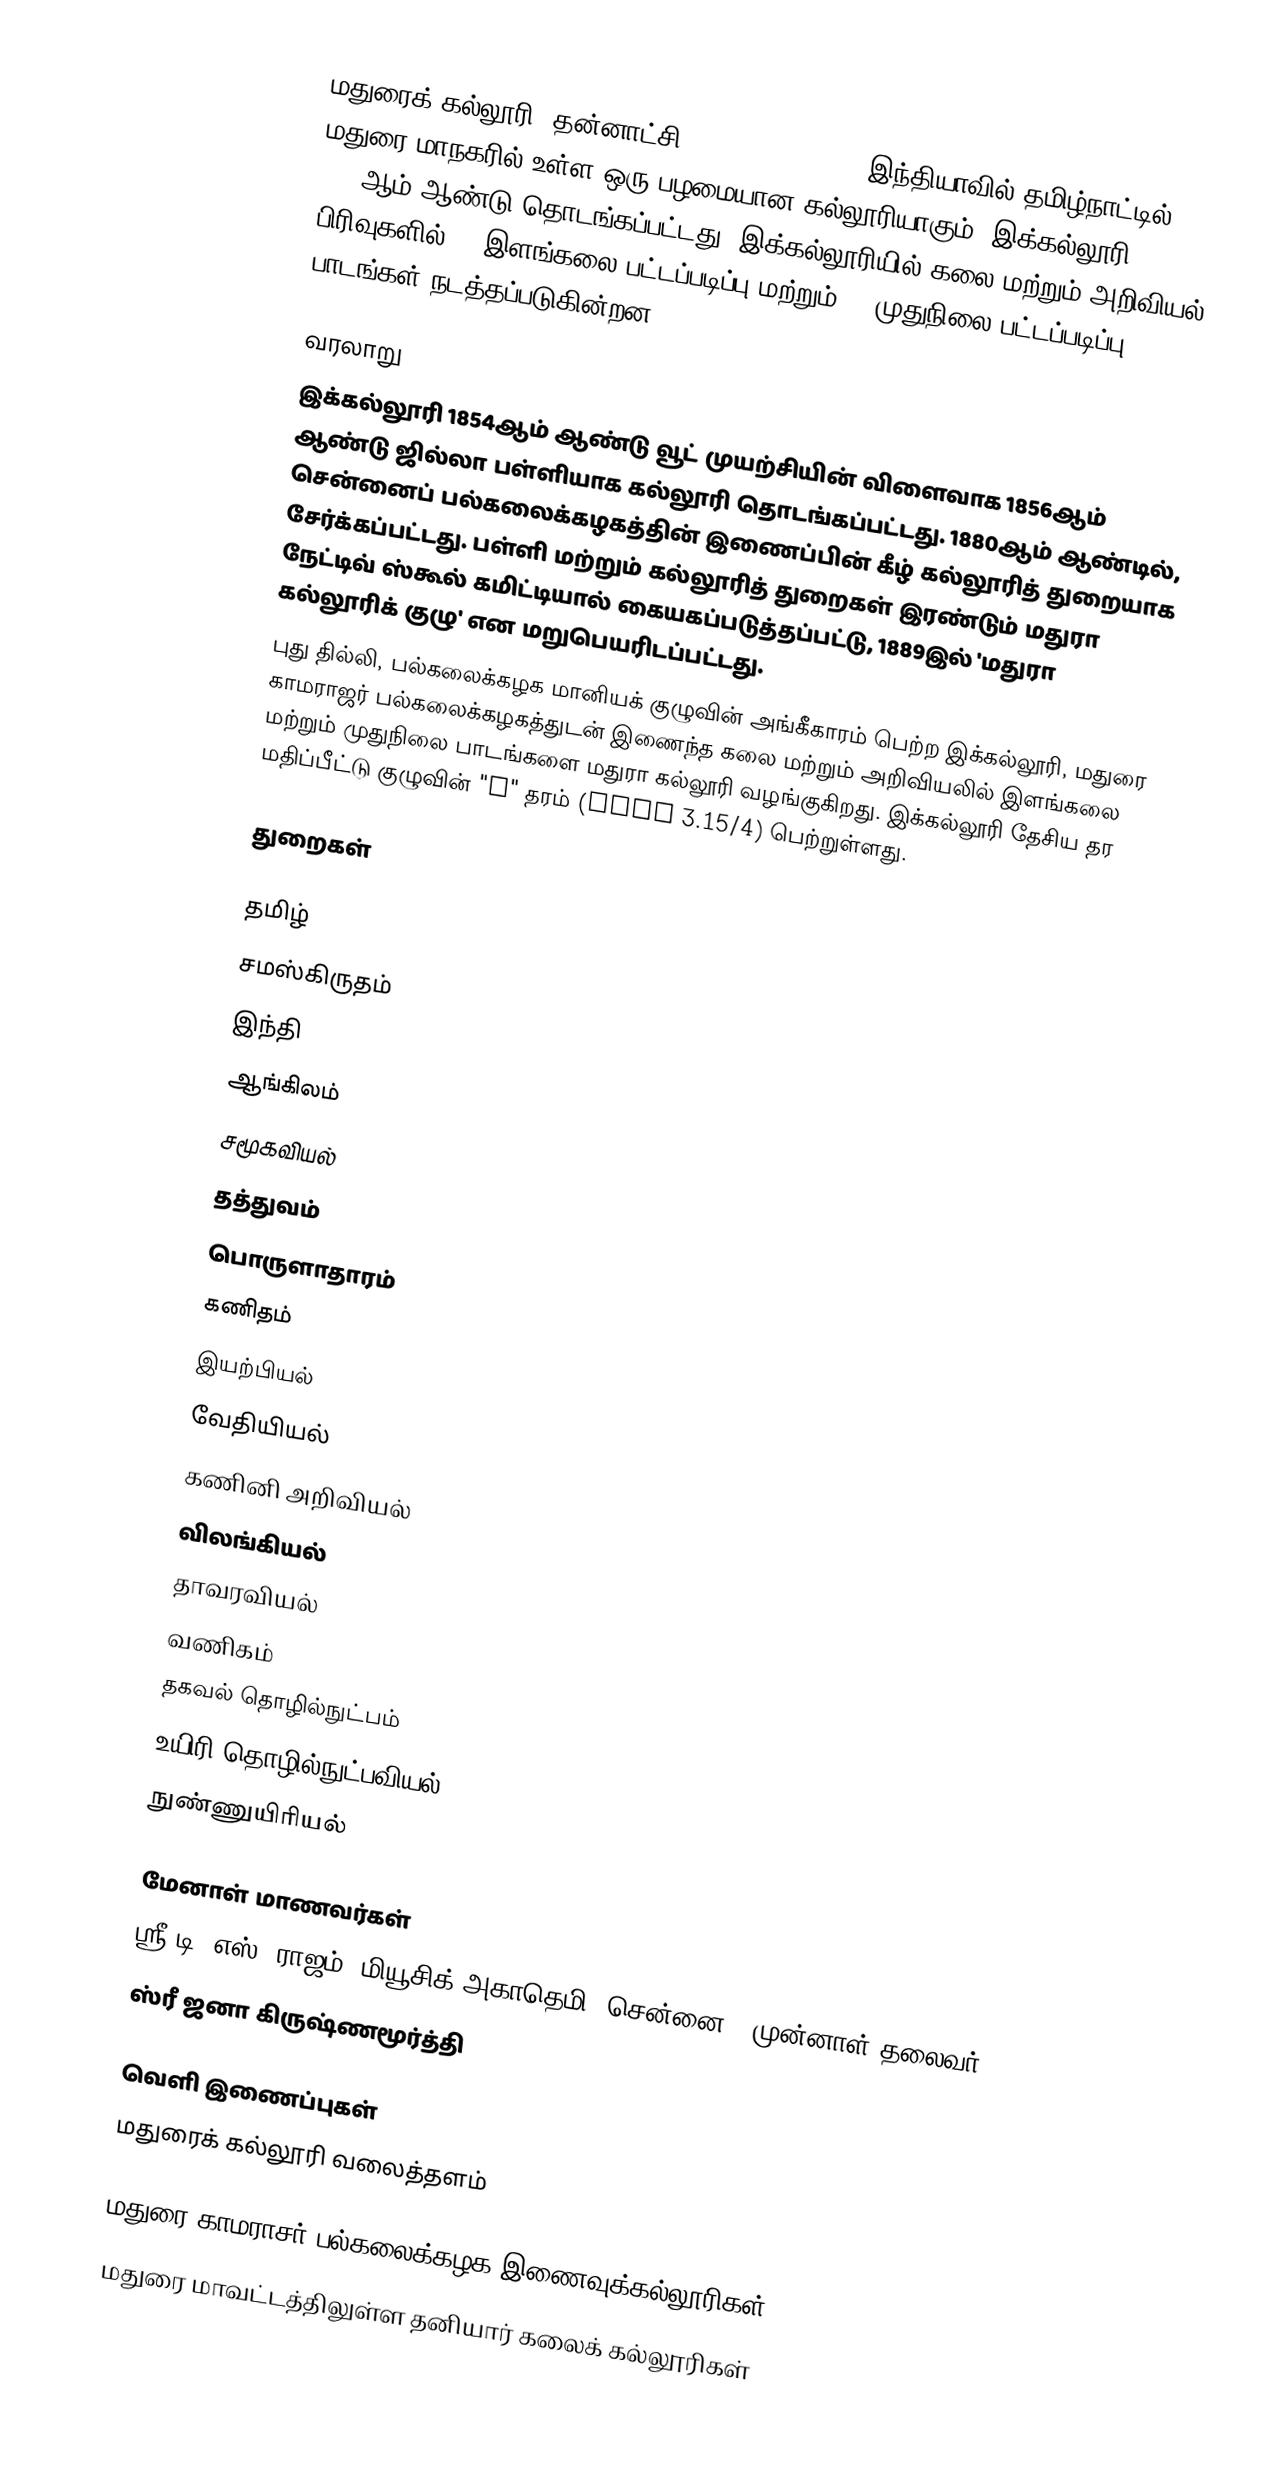
மதுரைக் கல்லூரி (தன்னாட்சி) (Madura College) இந்தியாவில் தமிழ்நாட்டில் மதுரை மாநகரில் உள்ள ஒரு பழமையான கல்லூரியாகும். இக்கல்லூரி 1889ஆம் ஆண்டு தொடங்கப்பட்டது. இக்கல்லூரியில் கலை மற்றும் அறிவியல் பிரிவுகளில் 21 இளங்கலை பட்டப்படிப்பு மற்றும் 13 முதுநிலை பட்டப்படிப்பு பாடங்கள் நடத்தப்படுகின்றன.

வரலாறு
இக்கல்லூரி 1854ஆம் ஆண்டு வூட் முயற்சியின் விளைவாக 1856ஆம் ஆண்டு ஜில்லா பள்ளியாக கல்லூரி தொடங்கப்பட்டது. 1880ஆம் ஆண்டில், சென்னைப் பல்கலைக்கழகத்தின் இணைப்பின் கீழ் கல்லூரித் துறையாக சேர்க்கப்பட்டது. பள்ளி மற்றும் கல்லூரித் துறைகள் இரண்டும் மதுரா நேட்டிவ் ஸ்கூல் கமிட்டியால் கையகப்படுத்தப்பட்டு, 1889இல் 'மதுரா கல்லூரிக் குழு' என மறுபெயரிடப்பட்டது.
புது தில்லி, பல்கலைக்கழக மானியக் குழுவின் அங்கீகாரம் பெற்ற இக்கல்லூரி, மதுரை காமராஜர் பல்கலைக்கழகத்துடன் இணைந்த கலை மற்றும் அறிவியலில் இளங்கலை மற்றும் முதுநிலை பாடங்களை மதுரா கல்லூரி வழங்குகிறது. இக்கல்லூரி தேசிய தர மதிப்பீட்டு குழுவின் "A" தரம் (CGPA 3.15/4) பெற்றுள்ளது.

துறைகள்

 தமிழ்
 சமஸ்கிருதம்
 இந்தி
 ஆங்கிலம்
 சமூகவியல்
 தத்துவம்
 பொருளாதாரம்
 கணிதம்
 இயற்பியல்
 வேதியியல்
 கணினி அறிவியல்
 விலங்கியல்
 தாவரவியல்
 வணிகம்
 தகவல் தொழில்நுட்பம்
 உயிரி தொழில்நுட்பவியல்
 நுண்ணுயிரியல்

மேனாள் மாணவர்கள்
 ஸ்ரீ டி. எஸ். ராஜம், மியூசிக் அகாதெமி (சென்னை), முன்னாள் தலைவர்
 ஸ்ரீ ஜனா கிருஷ்ணமூர்த்தி

வெளி இணைப்புகள்
மதுரைக் கல்லூரி வலைத்தளம்

மதுரை காமராசர் பல்கலைக்கழக இணைவுக்கல்லூரிகள்
மதுரை மாவட்டத்திலுள்ள தனியார் கலைக் கல்லூரிகள்